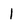
Character: l